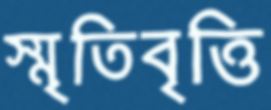
স্মৃতিবৃত্তি